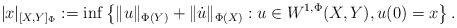
\begin{align*}|x|_{[X,Y]_\Phi} := \inf \left\{\|u \|_{\Phi(Y)} + \|\dot u \|_{\Phi(X)}: u \in W^{1,\Phi}(X,Y), u(0)=x \right\}.\end{align*}